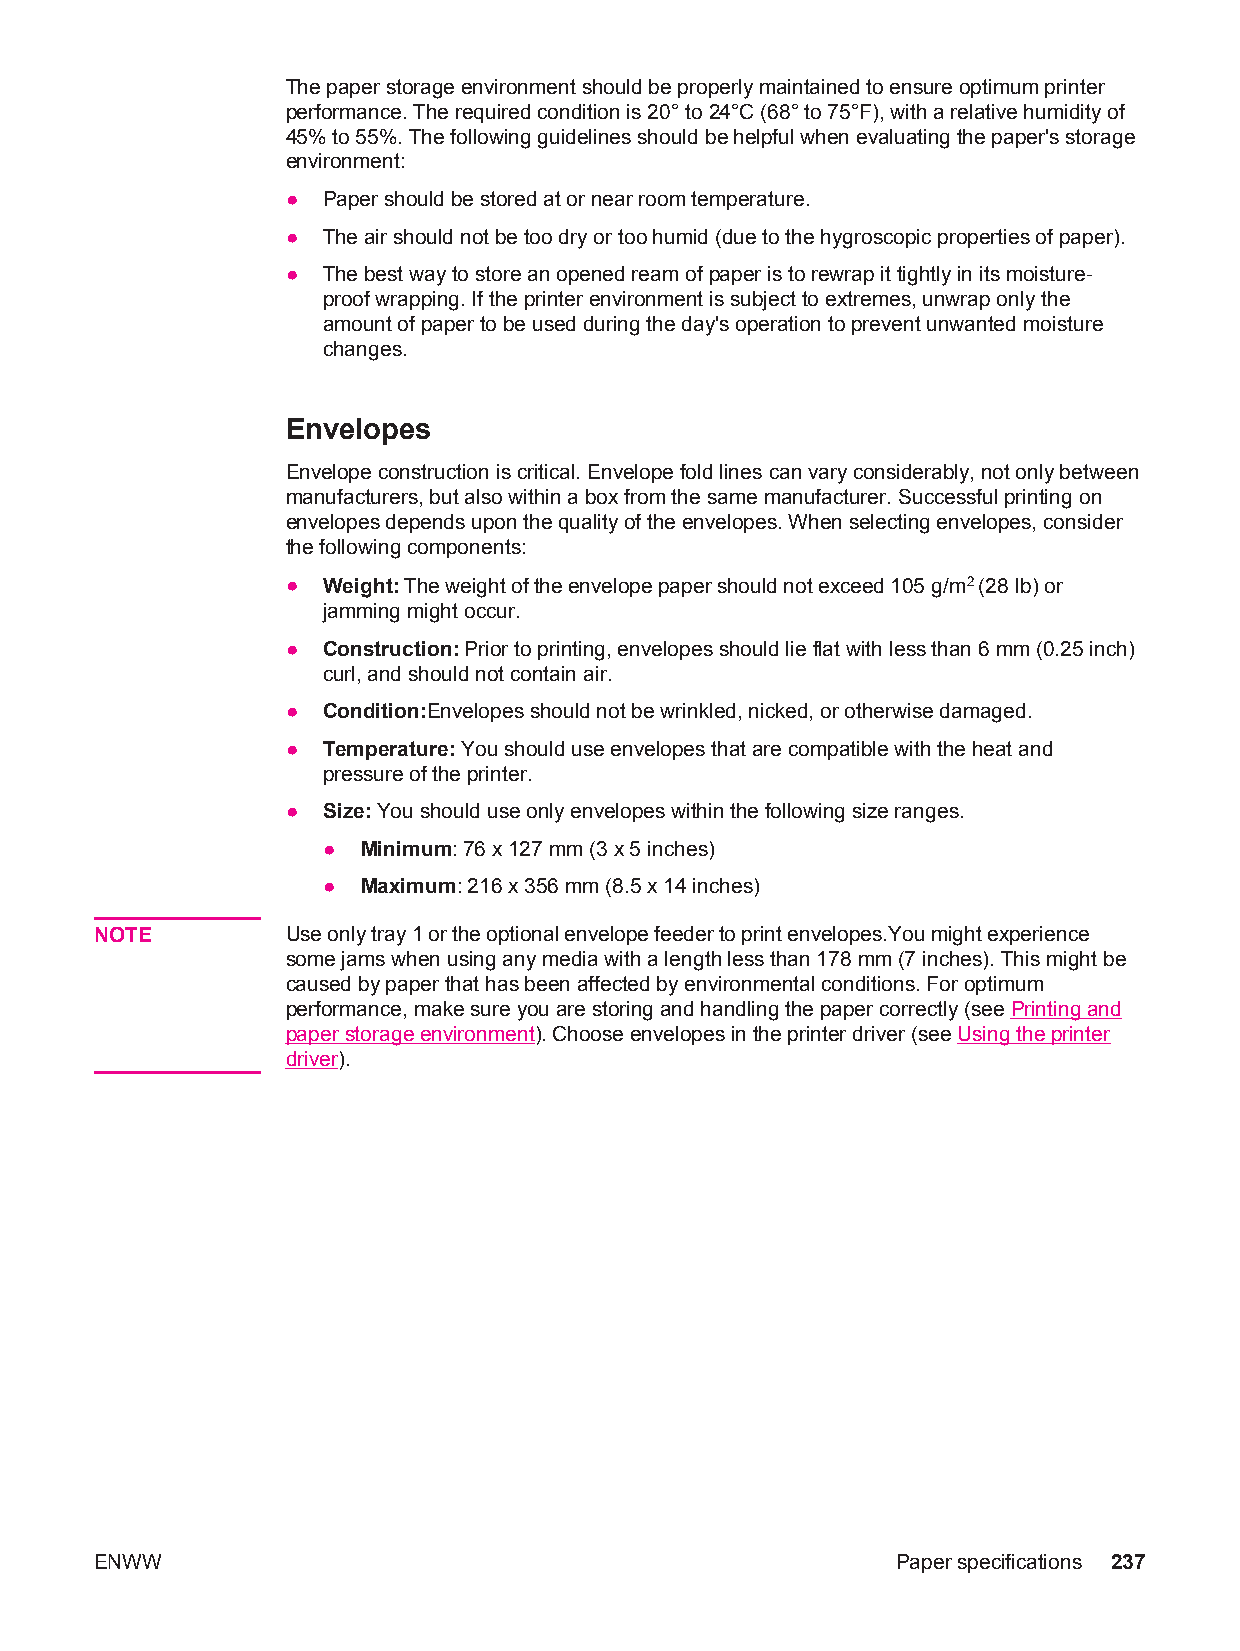
The paper storage environment should be properly maintained to ensure optimum printer
 performance. The required condition is 20° to 24°C (68° to 75°F), with a relative humidity of
 45% to 55%. The following guidelines should be helpful when evaluating the paper's storage
 environment:
 ● Paper should be stored at or near room temperature.
 ● The air should not be too dry or too humid (due to the hygroscopic properties of paper).
 ● The best way to store an opened ream of paper is to rewrap it tightly in its moisture-
 proof wrapping. If the printer environment is subject to extremes, unwrap only the
 amount of paper to be used during the day's operation to prevent unwanted moisture
 changes.
 Envelopes
 Envelope construction is critical. Envelope fold lines can vary considerably, not only between
 manufacturers, but also within a box from the same manufacturer. Successful printing on
 envelopes depends upon the quality of the envelopes. When selecting envelopes, consider
 the following components:
 ● Weight: The weight of the envelope paper should not exceed 105 g/m2 (28 lb) or
 jamming might occur.
 ● Construction: Prior to printing, envelopes should lie flat with less than 6 mm (0.25 inch)
 curl, and should not contain air.
 ● Condition:Envelopes should not be wrinkled, nicked, or otherwise damaged.
 ● Temperature: You should use envelopes that are compatible with the heat and
 pressure of the printer.
 ● Size: You should use only envelopes within the following size ranges.
 ●  Minimum: 76 x 127 mm (3 x 5 inches)
 ●  Maximum: 216 x 356 mm (8.5 x 14 inches)
 NOTE         Use only tray 1 or the optional envelope feeder to print envelopes.You might experience
 some jams when using any media with a length less than 178 mm (7 inches). This might be
 caused by paper that has been affected by environmental conditions. For optimum
 performance, make sure you are storing and handling the paper correctly (see Printing and
 paper storage environment). Choose envelopes in the printer driver (see Using the printer
 driver).
 ENWW                                                 Paper specifications 237